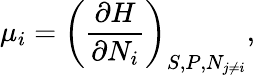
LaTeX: \mu_{i}=\left({\frac{\partial H}{\partial N_{i}}}\right)_{S,P,N_{j\neq i}},